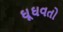
ઘૂઘવતો